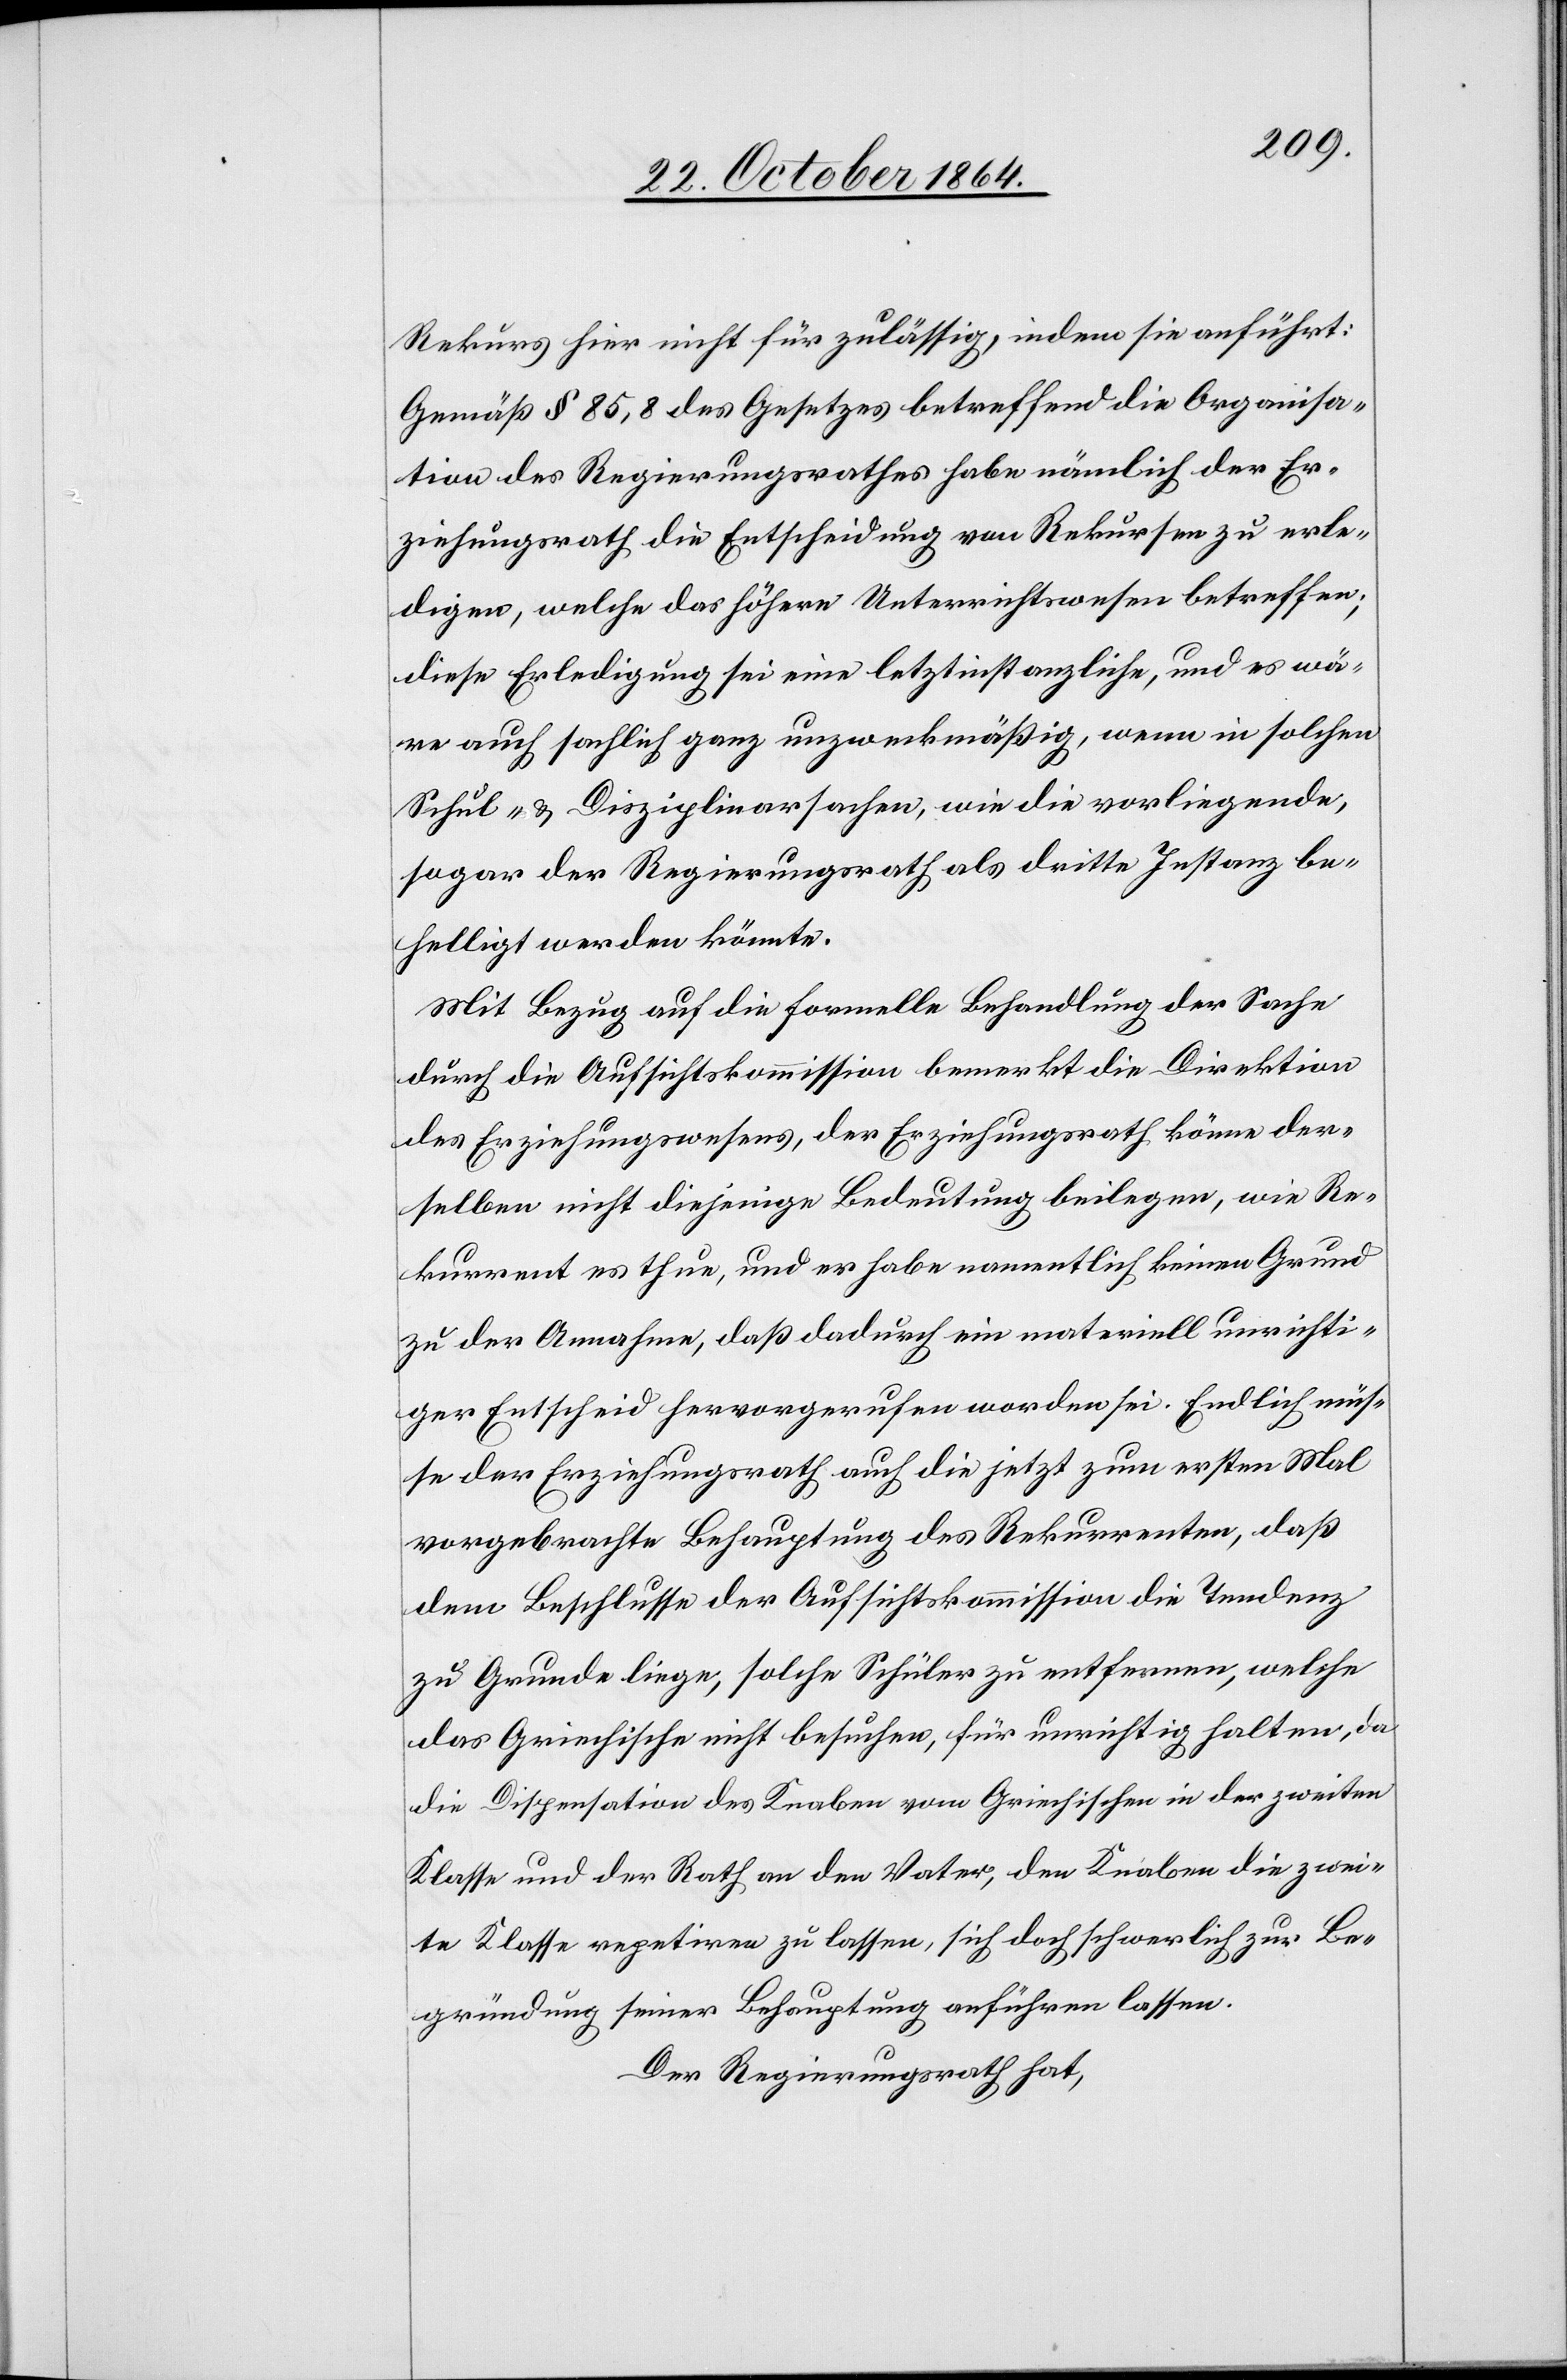
Rekurs hier für nicht zulässig, indem sie anführt:
Gemäß § 58,8 des Gesetzes betreffend die Organisa¬
tion des Regierungsrathes habe nämlich der Er¬
ziehungsrath die Entscheidung von Rekursen zu erle¬
digen, welche das höhere Unterrichtswesen betreffen;
diese Erledigung sei eine letztinstanzliche, und es wä¬
re auch sachlich ganz unzweckmäßig, wenn in solcher
Schul- & Disziplinarsachen, wie die vorliegende,
sogar der Regierungsrath als dritte Instanz be¬
helligt werden könnte.
Mit Bezug auf die formelle Behandlung der Sache
durch die Aufsichtskommission bemerkt die Direktion
des Erziehungswesens, der Erziehungsrath könne der¬
selben nicht diejenige Bedeutung beilegen, wie Re¬
kurrent es thue, und er habe namentlich keinen Grund
zu der Annahme, daß dadurch ein materiell unrichti¬
ger Entscheid hervorgerufen worden sei. Endlich müs¬
se der Erziehungsrath auch die jetzt zum ersten Mal
vorgebrachte Behauptung des Rekurrenten, daß
dem Beschlusse der Aufsichtskommission die Tendenz
zu Grunde liege, solche Schüler zu entfernen, welche
das Griechische nicht besuchen, für unrichtig halten, da
die Dispensation des Knaben vom Griechischen in der zweiten
Klasse und der Rath an den Vater, den Knaben die zwei¬
te Klasse repetiren zu lassen, sich doch schwerlich zur Be¬
gründung seiner Behauptung anführen lassen.
Der Regierungsrath hat,